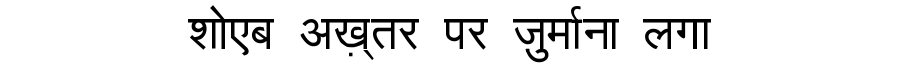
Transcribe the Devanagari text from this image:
शोएब अख़्तर पर ज़ुर्माना लगा